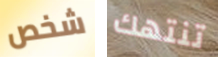
شخص تنتهك